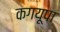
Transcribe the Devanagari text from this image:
कगयूपा